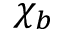
\chi _ { b }